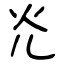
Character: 灮